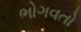
ભોગવતો